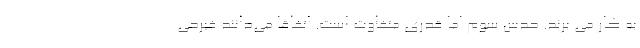
به کار می برند. حدس سوم اما قدری متفاوت است. اتفاقا می‌دانند فیرحی